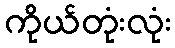
ကိုယ်တုံးလုံး